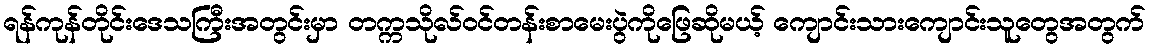
ရန်ကုန်တိုင်းဒေသကြီးအတွင်းမှာ တက္ကသိုလ်ဝင်တန်းစာမေးပွဲကိုဖြေဆိုမယ့် ကျောင်းသားကျောင်းသူတွေအတွက်